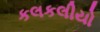
કલકલીયો